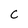
Character: C